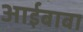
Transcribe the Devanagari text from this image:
आईबाबा